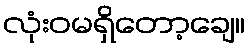
လုံးဝမရှိတော့ချေ။